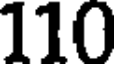
110